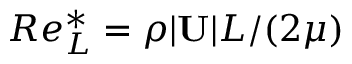
R e _ { L } ^ { * } = \rho | \mathbf { U } | L / ( 2 \mu )